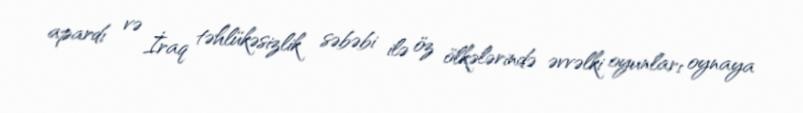
apardı və İraq təhlükəsizlik səbəbi ilə öz ölkələrində əvvəlki oyunları oynaya